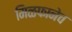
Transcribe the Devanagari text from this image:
मिळफानेच